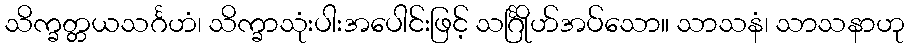
သိက္ခတ္တယသင်္ဂဟံ၊ သိက္ခာသုံးပါးအပေါင်းဖြင့် သင်္ဂြိုဟ်အပ်သော။ သာသနံ၊ သာသနာဟု